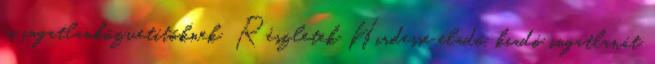
és ingatlanközvetítőknek Részletek Hirdesse eladó, kiadó ingatlanát